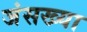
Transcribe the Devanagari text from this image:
जंसख्या